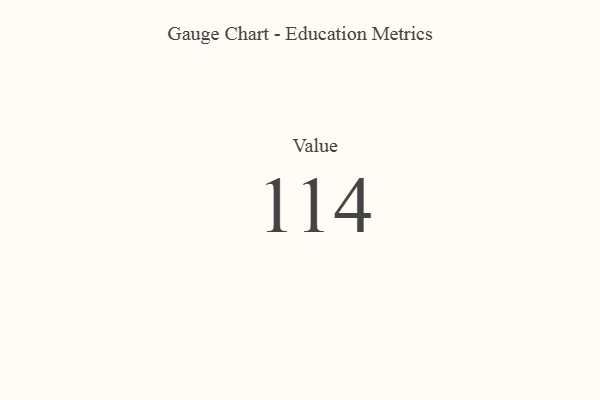
{"axis": {"x": "Metric", "y": "Value"}, "legend": [""], "data": [{"x": "Value", "y": 114, "type": ""}]}